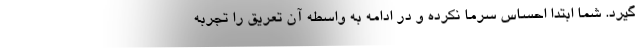
گیرد. شما ابتدا احساس سرما نکرده و در ادامه به واسطه آن تعریق را تجربه